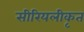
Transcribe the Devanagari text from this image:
सीरियलीकृत